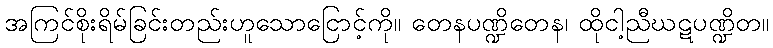
အကြင်စိုးရိမ်ခြင်းတည်းဟူသောငြောင့်ကို။ တေနပဏ္ဍိတေန၊ ထိုငါ့ညီဃဋပဏ္ဍိတ။